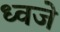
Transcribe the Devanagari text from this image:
ध्वजे